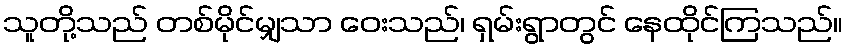
သူတို့သည် တစ်မိုင်မျှသာ ဝေးသည်၊ ရှမ်းရွာတွင် နေထိုင်ကြသည်။